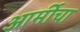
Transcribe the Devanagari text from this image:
आर्मीचा